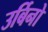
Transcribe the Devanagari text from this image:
उर्बिनो